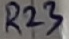
Text: R23